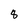
Character: 8